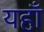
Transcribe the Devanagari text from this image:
यहा़ँ